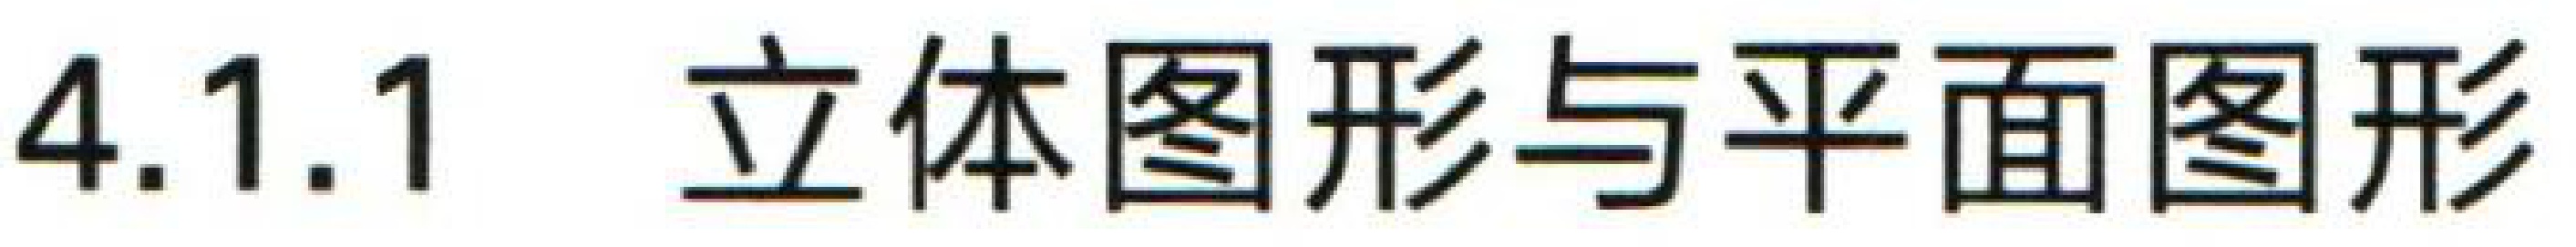
4.1.1 立体图形与平面图形